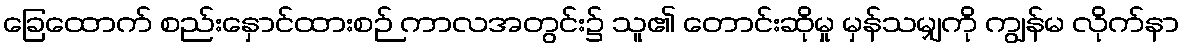
ခြေထောက် စည်းနှောင်ထားစဉ် ကာလအတွင်း၌ သူ၏ တောင်းဆိုမှု မှန်သမျှကို ကျွန်မ လိုက်နာ